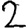
Digit: 2